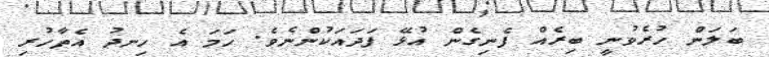
ބަލަން ހުރެވުނީ ބިރެއް ފެނިގެން އުޅޭ ފަދައަކުންނެވެ. ހަމަ އެ ހިނދު އެތާހުރި